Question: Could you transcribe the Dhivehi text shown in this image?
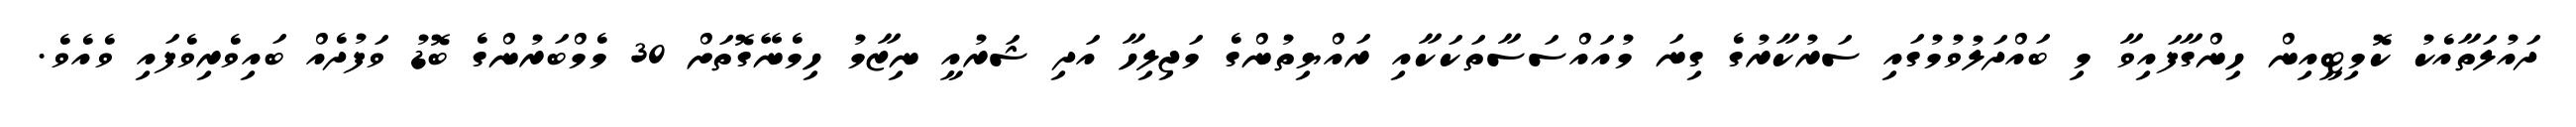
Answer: ދައުލަތާއެކު ކޮމިޓީއިން ހިންގާފައިވާ މި ބައްދަލުވުމުގައި ސަރުކާރުގެ ގިނަ މުއައްސަސާތަކަކާއި ރައްޔިތުންގެ މަޖިލިހާ އަދި ޝަރުއީ ނިޒާމު ހިމެނޭގޮތަށް 30 މެމްބަރުންގެ ބޮޑު ވަފުދެއް ބައިވެރިވެފައި ވެއެވެ.